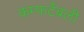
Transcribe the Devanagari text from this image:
कम्फर्टेबली